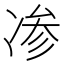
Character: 𰄁